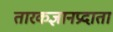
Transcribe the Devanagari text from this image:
तारकज्ञानप्रदाता